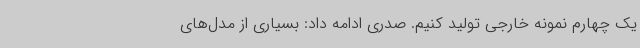
یک چهارم نمونه خارجی تولید کنیم. صدری ادامه داد: بسیاری از مدل‌های